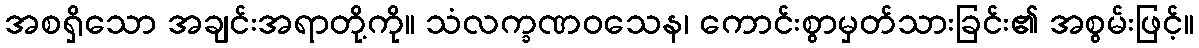
အစရှိသော အချင်းအရာတို့ကို။ သံလက္ခဏဝသေန၊ ကောင်းစွာမှတ်သားခြင်း၏ အစွမ်းဖြင့်။